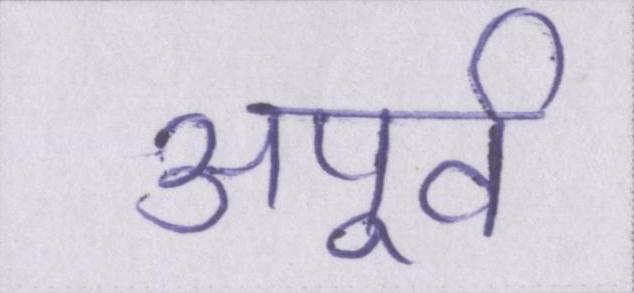
अपूर्व